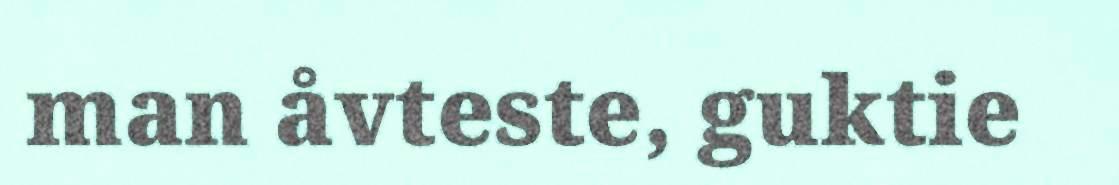
man åvteste, guktie